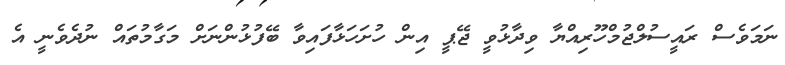
ނަމަވެސް ރައީސުލްޖުމްހޫރިއްޔާ ވިދާޅުވީ ޖޭޕީ އިން ހުށަހަޅާފައިވާ ބޭފުޅުންނަށް މަގާމުތައް ނުދެވެނީ އެ